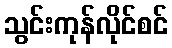
သွင်းကုန်လိုင်စင်